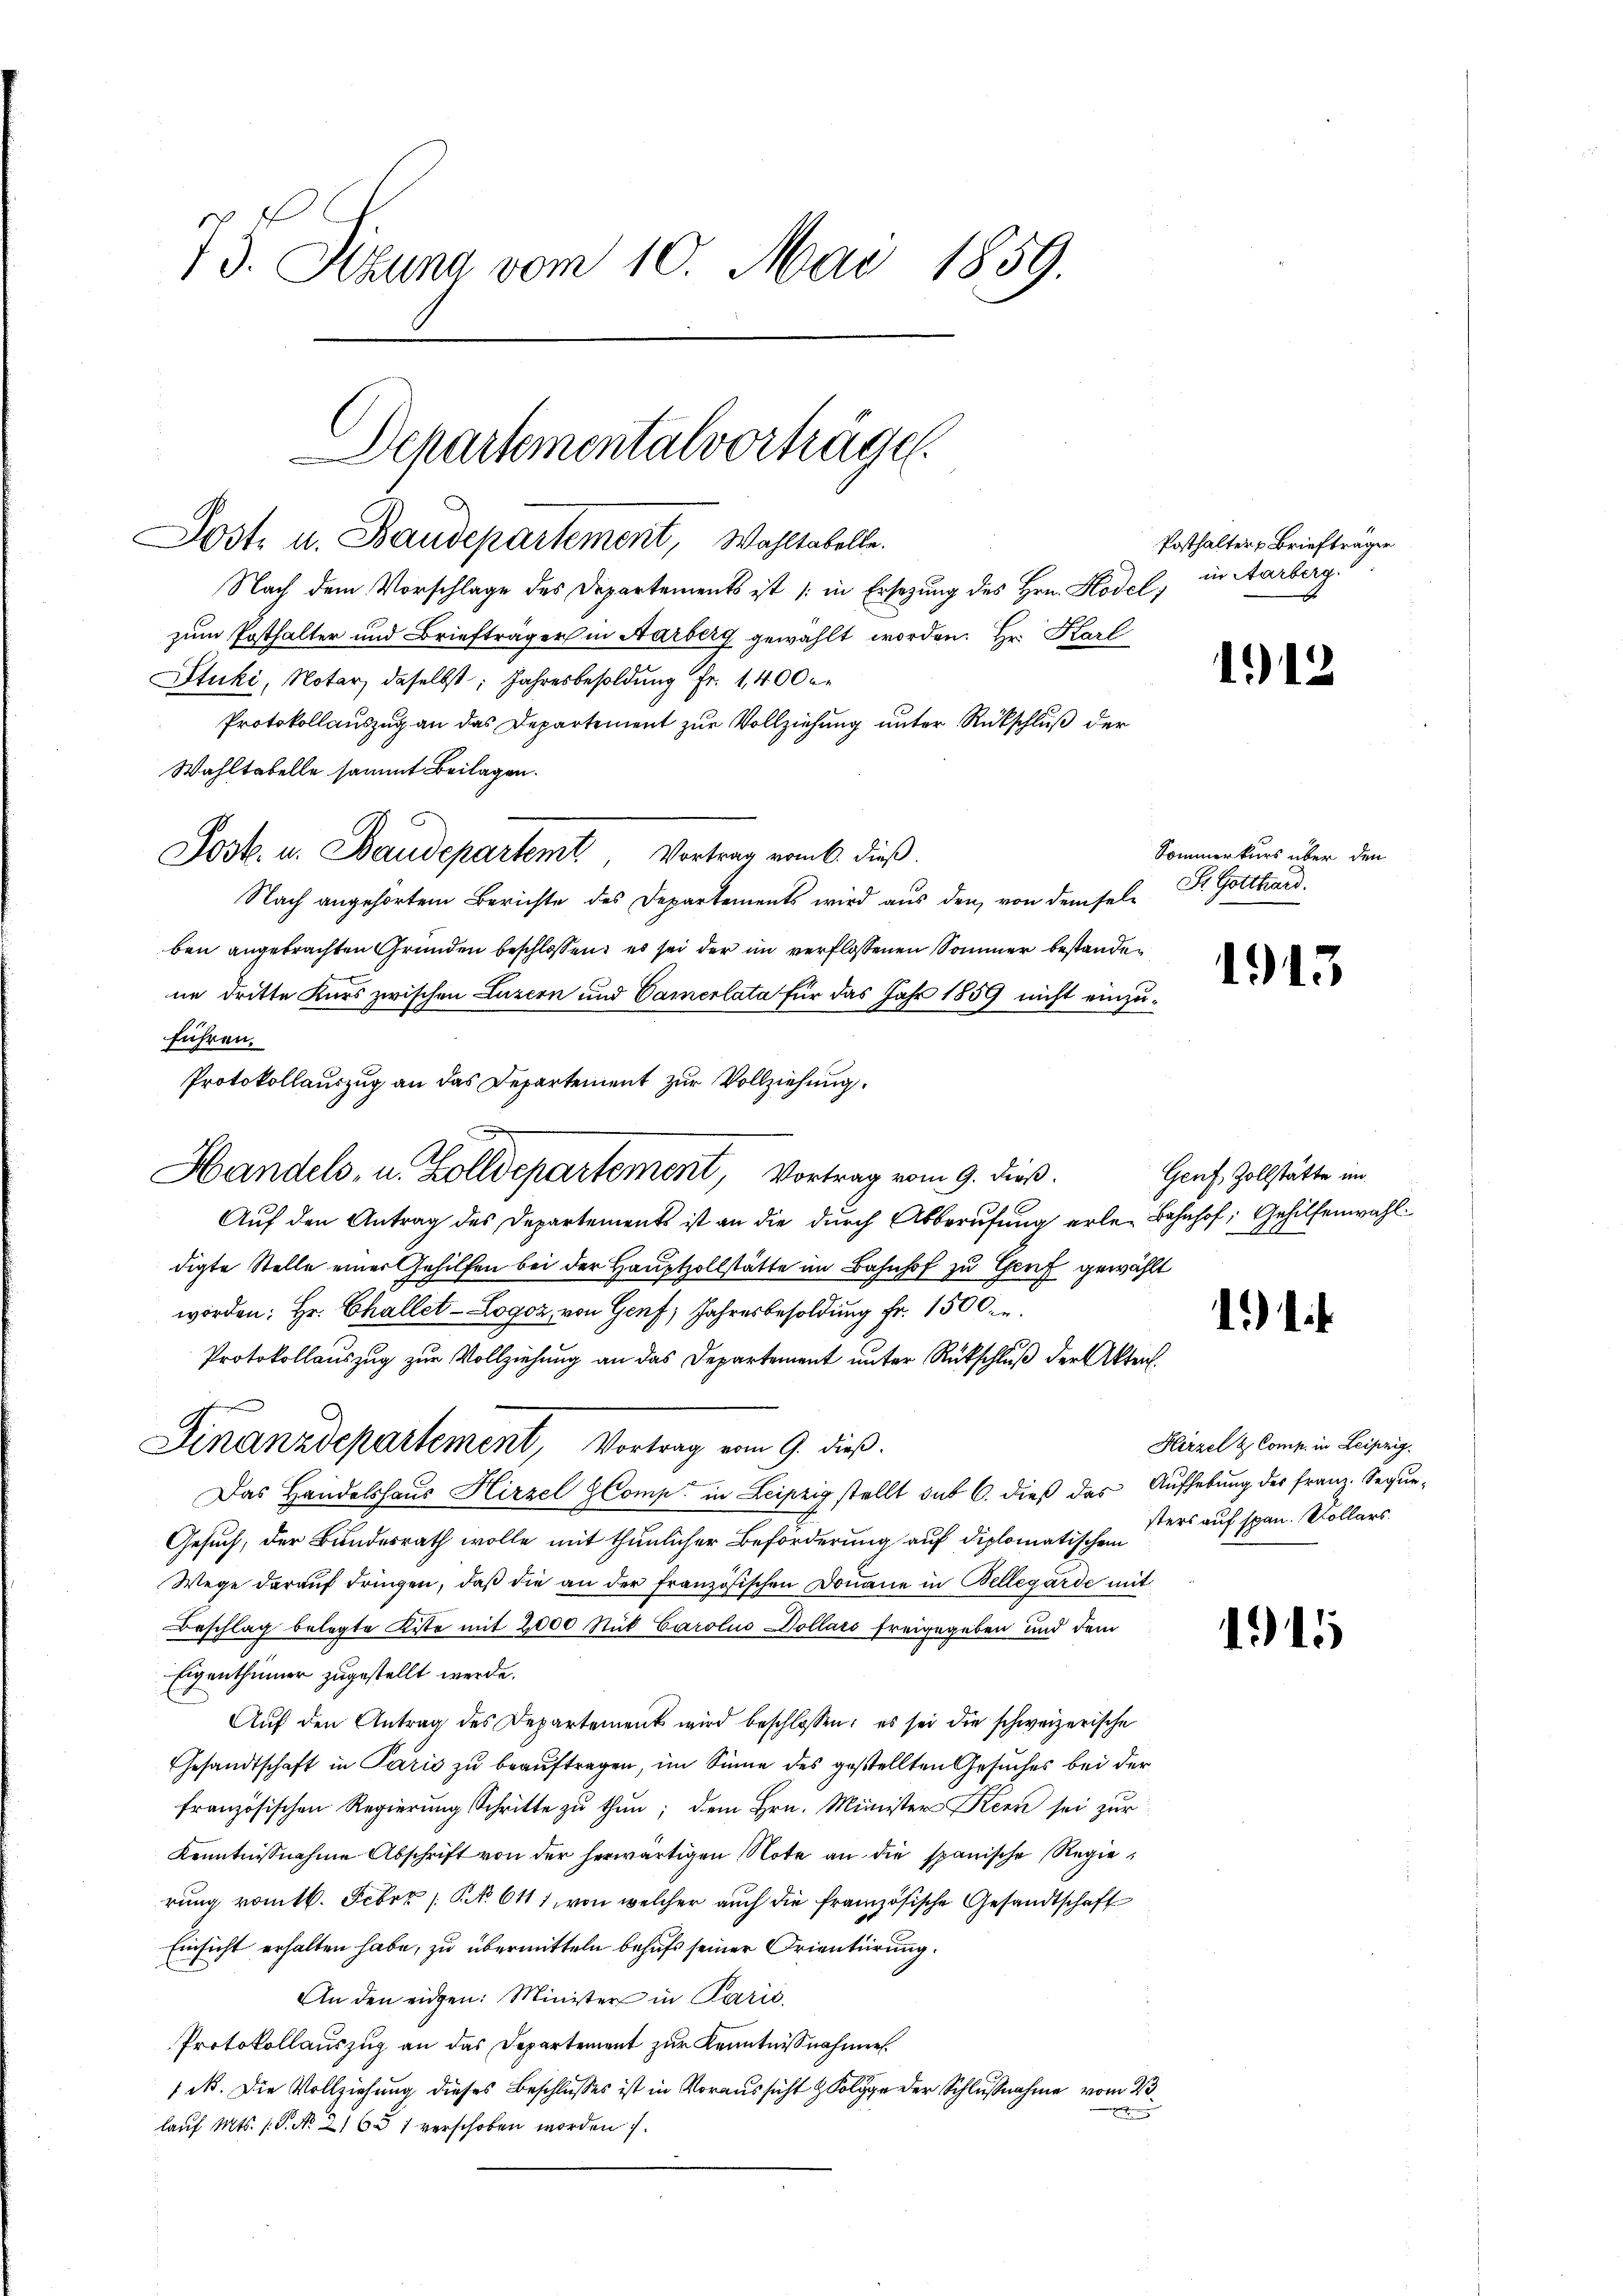
73. Sizung vom 10. Mai 1859.

Post. u. Baudepartement, Wahltabelle.
Nach dem Vorschlage des Departements ist (in Ersezung des Hrn. Hodel,
zum Posthalter und Briefträger in Aarberg gewählt worden. Hr. Karl
tuki, Notar, daselbst, Jahresbesoldung Fr. 1400 fr
Protokollauszug an das Departement zur Vollziehung unter Rückschluß der
Wahltabelle sammt Beilagen.
Post. u. Baudepartemt, Vortrag vom 6. dieß.
Nach angehörtem Berichte des Departements wird aus den von demsel-
ben angebrachten Gründen beschlossen, es sei der im verflossenen Sommer bestanden
ne dritte Kurs zwischen Luzern und Camerlata für das Jahr 1859 nicht einzuführen.
Protokollauszug an das Departement zur Vollziehung.
Auf den Antrag des Departements ist an die durch Abberufung erle-Bahnhof, Gehilfenwahl
digte Stelle einer Gehilfen bei der Hauptzollstätte im Bahnhof zu Genf gewählt
worden: Hr. Challet-Logor, von Genf, Jahresbesoldung Fr. 1500.
Protokollauszug zur Vollziehung an das Departement unter Rückschluß der Akten.
Finanzdepartement, Vortrag vom 9. dieß.
Das Handelshaus Hirzel Comp. in Leipzig stellt sub 6. dieß das Aufhebung der Franz Seque¬
Gesuch, der Bundesrath wolle mit thunlicher Beförderung auf diplomatischen ders auf span. Kollars
Wege daraŭf dringen, daβ die an der französischen Donaue in Bellegarde mit
Beschlag belegte Kiste mit 2000 Stük Carolins Dollars freigegeben und dem
Eigenthümer zugestellt werde.
Auf den Antrag des Departement wird beschlossen; es sei die schweizerische
Gesandtschaft in Paris zu beauftragen, im Sinne des gestellten Gesuches bei der
französischen Regierung Schritte zu thun; dem Hrn. Minister Kern sei zur
Kenntnisnahme Abschrift von der herwärtigen Note an die spanische Regierung vomtl. Febr. / NNo. 611, von welcher auch die französische Gesandtschaft
Einsicht erhalten habe, zu übermitteln behufs seiner Orientierung.
An den eidgen: Minister in Parić,
Protokollauszug an das Departement zur Kenntnisnahmen.
1 N. Die Vollziehung dieses Beschlusses ist in Voraussicht & Folge der Schlußnahme vom 23.
e
lauf Mts. (T. No 21651 verschoben worden.

Departemental vorträge.

Handels- u. Zolldepartement, Vortrag vom 9. dieß.

Posthalter Briefträger
in Aarberg.

112

Sommerkurs über den
St. Gotthard.

1913

Genf, Zollstätte im

1).

Hirzel & Comp. in Leipzig.

1911